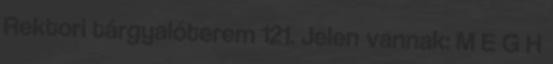
Rektori tárgyalóterem 121. Jelen vannak: M E G H